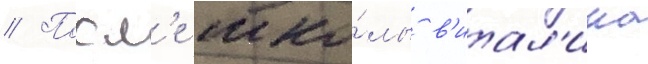
// Посл'е шко́лы в'итал'ина